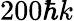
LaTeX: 200\hbar k